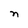
Character: n